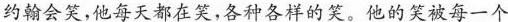
约翰会笑，他每天都在笑，各种各样的笑。他的笑被每一个